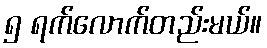
၅ ရက်လောက်တည်းမယ်။